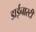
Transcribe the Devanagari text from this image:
डाईनास्टी